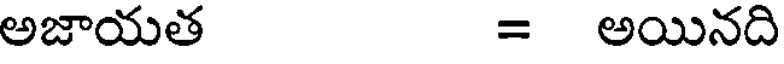
అజాయత = అయినది